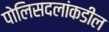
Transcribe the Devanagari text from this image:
पोलिसदलांकडील